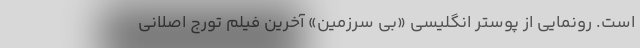
است. رونمایی از پوستر انگلیسی «بی سرزمین» آخرین فیلم تورج اصلانی